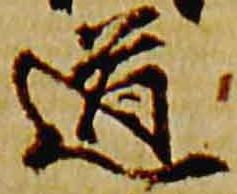
道